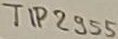
Text: TIP2955